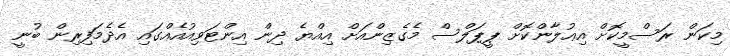
މިކަން ރަސްމީކޮށް އިޢުލާންކޮށް ޕީޕަލްސް މެގެޒިންއަށް އިއްޔެ ދިން އިންޓަވިއުއެއްގައި އެދެމަފިރިން ބުނީ